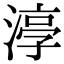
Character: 𭱰